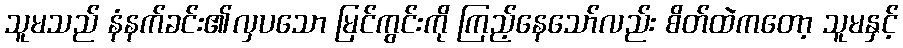
သူမသည် နံနက်ခင်း၏လှပသော မြင်ကွင်းကို ကြည့်နေသော်လည်း စိတ်ထဲကတော့ သူမနှင့်